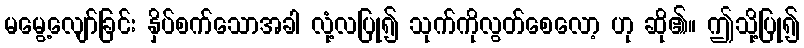
မမွေ့လျော်ခြင်း နှိပ်စက်သောအခါ လုံ့လပြု၍ သုက်ကိုလွတ်စေလော့ ဟု ဆို၏။ ဤသို့ပြု၍